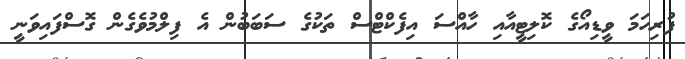
ފުރިހަމަ ވީޑިއޯގެ ކޮލިޓީއާއި ހާއްސަ އިފެކްޓްސް ތަކުގެ ސަބަބުން އެ ފިލްމުވެގެން ގޮސްފައިވަނީ